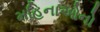
મહિનાઓનો